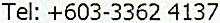
TEL: +603-3362 4137